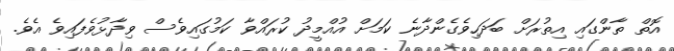
އޮތް ތާންގައި އިތުރަށް ބަދަހިވެގެންދާނެ ކަމަށް އުއްމީދު ކުރައްވާ ކަމުގައިވެސް ވިދާޅުވެފައިވެ އެވެ.